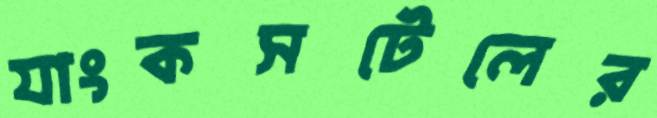
যাংকসটেলের